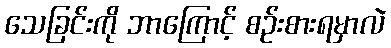
သေခြင်းကို ဘာကြောင့် စဉ်းစားရမှာလဲ